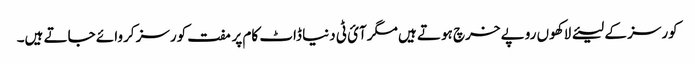
کورسز کے لیئے لاکھوں روپے خرچ ہوتے ہیں مگرآئ ٹی دنیا ڈاٹ کام پر مفت کورسز کروائے جاتے ہیں۔